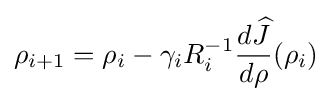
\rho _{i+1}=\rho _{i}-\gamma _{i}R_{i}^{-1}{\frac {d{\widehat {J}}}{d\rho }}(\rho _{i})